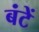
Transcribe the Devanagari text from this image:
बंटें